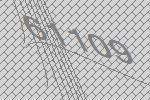
61109